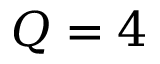
Q = 4